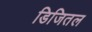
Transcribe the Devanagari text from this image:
डिजितल